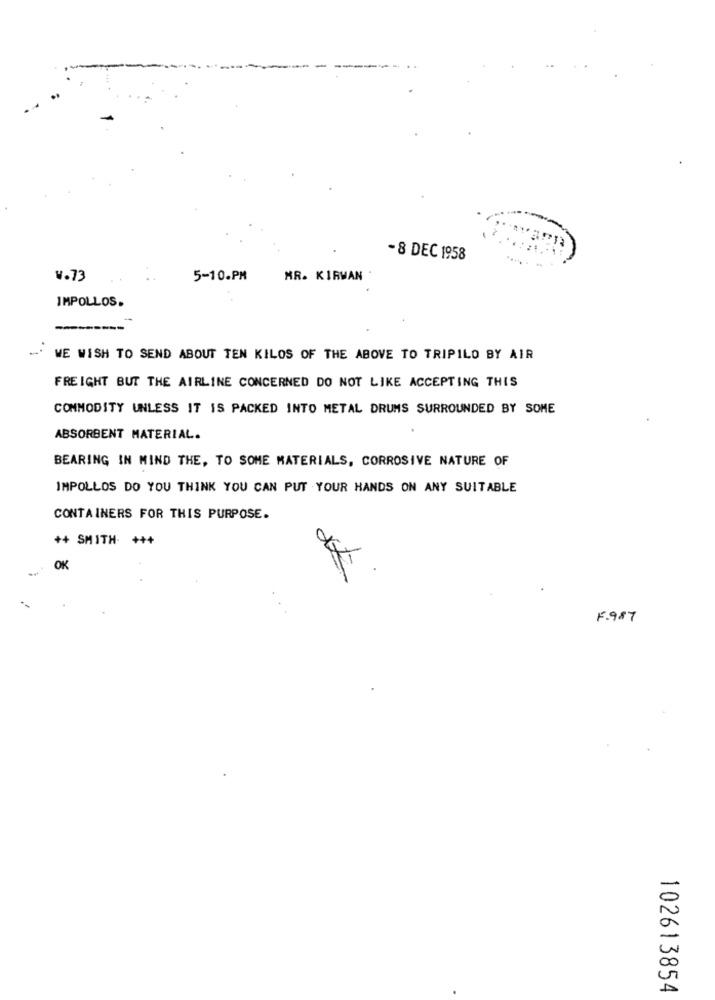
-8 DEC 1958
w.73
5-10.PM
MR. KIRWAN
IMPOLLOS.
-------
WE WISH TO SEND ABOUT TEN KILOS OF THE ABOVE TO TRIPILO BY AIR
FREIGHT BUT THE AIRLINE CONCERNED DO NOT LIKE ACCEPTING THIS
COMMODITY UNLESS IT IS PACKED INTO METAL DRUMS SURROUNDED BY SOME
ABSORBENT MATERIAL.
BEARING IN MIND THE, TO SOME MATERIALS, CORROSIVE NATURE OF
IMPOLLOS DO YOU THINK YOU CAN PUT YOUR HANDS ON ANY SUITABLE
CONTAINERS FOR THIS PURPOSE.
++ SMITH. ***
OK
F.987
102613854